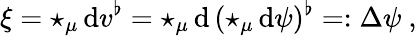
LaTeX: \xi=\star_{\mu}\, \mathrm{d}v^{\flat}=\star_{\mu}\, \mathrm{d}\, (\star_{\mu}\, \mathrm{d}\psi)^{\flat}=:\Delta\psi\ ,